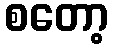
စတော့